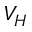
V _ { H }